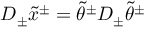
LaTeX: D _ { \pm } \tilde { x } ^ { \pm } = \tilde { \theta } ^ { \pm } D _ { \pm } \tilde { \theta } ^ { \pm }